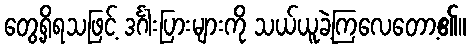
တွေ့ရှိရသဖြင့် ဒင်္ဂါးပြားများကို သယ်ယူခဲ့ကြလေတော့၏။